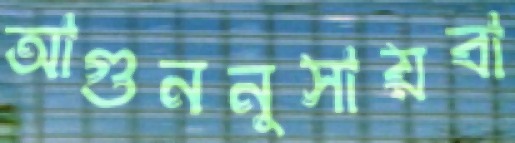
আগুননুসায়বা